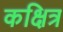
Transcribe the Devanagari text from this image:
कक्षित्र